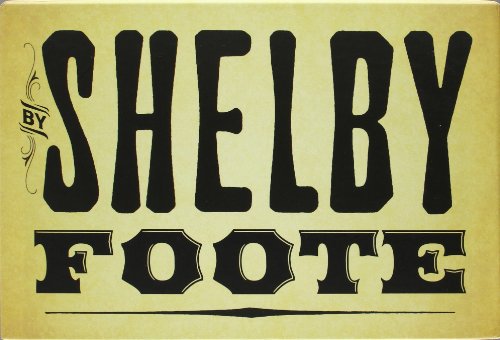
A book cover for Civil War Volumes 1-3 Box Set; Shelby Foote; History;